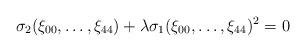
LaTeX: \begin{align*}\sigma_2(\xi_{00},\ldots,\xi_{44})+\lambda\sigma_1(\xi_{00},\ldots,\xi_{44})^2=0\end{align*}